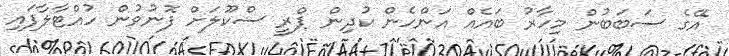
އޭގެ ސަބަބުން މިހާރު ބައެއް އަންހެން ކުދިން ޕްރީ ސްކޫލަށް ފޮނުވުން ހުއްޓާލާފައި